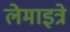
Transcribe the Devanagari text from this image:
लेमाइत्रे